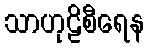
သာဟုဠိစီရေန